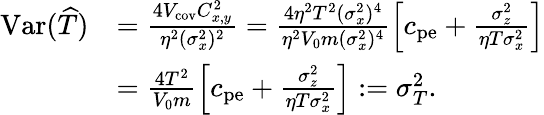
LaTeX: \begin{array}{rl}{\mathrm{Var}(\widehat{T})}&{=\frac{4V_{\mathrm{cov}}C_{x,y}^{2}}{\eta^{2}(\sigma_{x}^{2})^{2}}=\frac{4\eta^{2}T^{2}(\sigma_{x}^{2})^{4}}{\eta^{2}V_{0}m(\sigma_{x}^{2})^{4}}\left[c_{\mathrm{pe}}+\frac{\sigma_{z}^{2}}{\eta T\sigma_{x}^{2}}\right]}\\ &{=\frac{4T^{2}}{V_{0}m}\left[c_{\mathrm{pe}}+\frac{\sigma_{z}^{2}}{\eta T\sigma_{x}^{2}}\right]:=\sigma_{T}^{2}.}\end{array}